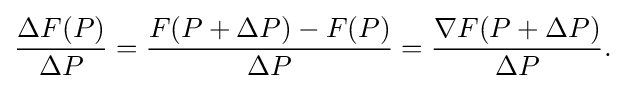
{\frac {\Delta F(P)}{\Delta P}}={\frac {F(P+\Delta P)-F(P)}{\Delta P}}={\frac {\nabla F(P+\Delta P)}{\Delta P}}.\,\!